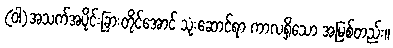
(ဝါ)အသက်အပိုင်းခြားတိုင်အောင် သုံးဆောင်ရာ ကာလရှိသော အမြစ်တည်း။